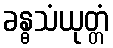
ခန္ဓသံယုတ္တံ